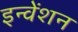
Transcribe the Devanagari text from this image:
इन्वेंशन